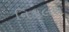
નિકાલસ